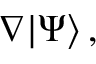
\nabla | \Psi \rangle \, ,